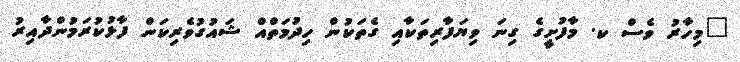
"މިހާރު ވެސް ކ. މާފުށީގެ ގިނަ ވިޔަފާރިތަކާއި ގެތަކުން ހިދުމަތްއް ޝައުގުވެރިކަން ފާޅުކުރަމުންދާއިރު